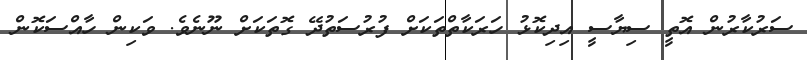
ސަރުކާރުން އޮތީ ސިޔާސީ އިދިކޮޅު ހަރަކާތްތަކަށް ފުރުސަތުދޭ ގޮތަކަށް ނޫނެވެ. ވަކިން ހާއްސަކޮން